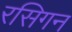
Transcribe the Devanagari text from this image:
रसिगन